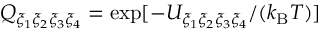
Q _ { \xi _ { 1 } \xi _ { 2 } \xi _ { 3 } \xi _ { 4 } } = \exp [ - U _ { \xi _ { 1 } \xi _ { 2 } \xi _ { 3 } \xi _ { 4 } } / ( k _ { \mathrm { B } } T ) ]